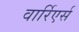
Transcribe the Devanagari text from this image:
वार्रिएर्स